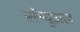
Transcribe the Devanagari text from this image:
सॅम्यूअल